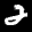
Label: 2